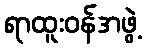
ရာထူးဝန်အဖွဲ့